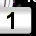
Digit: 1